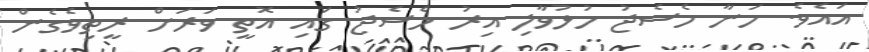
އައެވެ. ހަނާ މެސެޖު ހުޅުވާލި އިރު މެސެޖު ގައި އޮތީ ވަރަށް ރީތިވެގެން